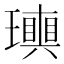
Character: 𤪬